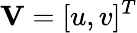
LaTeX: \mathbf{V}=[u,v]^{T}